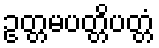
ဥတ္တမပတ္တိပတ္တံ